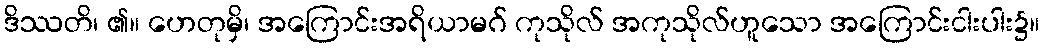
ဒိဿတိ၊ ၏။ ဟေတုမှိ၊ အကြောင်းအရိယာမဂ် ကုသိုလ် အကုသိုလ်ဟူသော အကြောင်းငါးပါး၌။